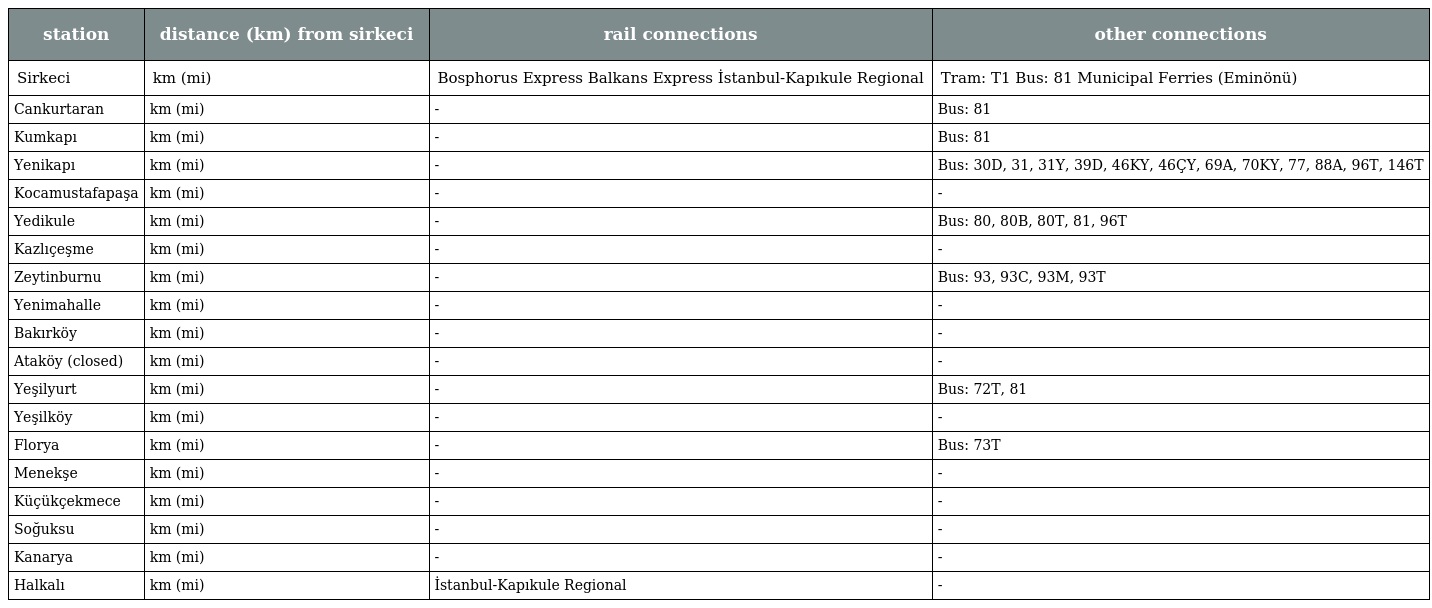
| station | distance (km) from sirkeci | rail connections | other connections |
 | --- | --- | --- | --- |
 | Sirkeci | km (mi) | Bosphorus Express Balkans Express İstanbul-Kapıkule Regional | Tram: T1 Bus: 81 Municipal Ferries (Eminönü) |
 | Cankurtaran | km (mi) | - | Bus: 81 |
 | Kumkapı | km (mi) | - | Bus: 81 |
 | Yenikapı | km (mi) | - | Bus: 30D, 31, 31Y, 39D, 46KY, 46ÇY, 69A, 70KY, 77, 88A, 96T, 146T |
 | Kocamustafapaşa | km (mi) | - | - |
 | Yedikule | km (mi) | - | Bus: 80, 80B, 80T, 81, 96T |
 | Kazlıçeşme | km (mi) | - | - |
 | Zeytinburnu | km (mi) | - | Bus: 93, 93C, 93M, 93T |
 | Yenimahalle | km (mi) | - | - |
 | Bakırköy | km (mi) | - | - |
 | Ataköy (closed) | km (mi) | - | - |
 | Yeşilyurt | km (mi) | - | Bus: 72T, 81 |
 | Yeşilköy | km (mi) | - | - |
 | Florya | km (mi) | - | Bus: 73T |
 | Menekşe | km (mi) | - | - |
 | Küçükçekmece | km (mi) | - | - |
 | Soğuksu | km (mi) | - | - |
 | Kanarya | km (mi) | - | - |
 | Halkalı | km (mi) | İstanbul-Kapıkule Regional | - |